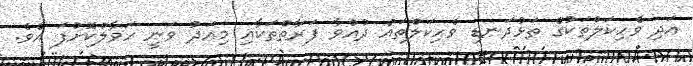
އަދި ވެހިކަލްތަކުގެ ތަޅުދަނޑި ވެހިކަލްތައް ދުއްވާ ފަރާތްތަކާއި މިއަދު ވަނީ ހަވާލްކޮށްފަ އެވެ.